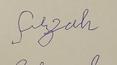
Signature authenticity: forged